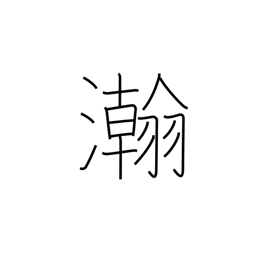
Meaning: wide & large